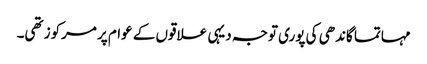
مہاتما گاندھی کی پوری توجہ دیہی علاقوں کے عوام پر مرکوز تھی۔